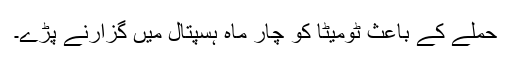
حملے کے باعث ٹومیٹا کو چار ماہ ہسپتال میں گزارنے پڑے۔